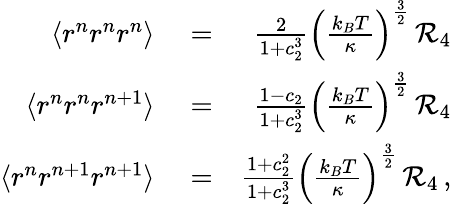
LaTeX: \begin{array}{rlr}{\langle r^{n}r^{n}r^{n}\rangle}&{{}=}&{\frac{2}{1+c_{2}^{3}}\left(\frac{k_{B}T}{\kappa}\right)^{\frac{3}{2}}\, {\cal R}_{4}}\\ {\langle r^{n}r^{n}r^{n+1}\rangle}&{{}=}&{\frac{1-c_{2}}{1+c_{2}^{3}}\left(\frac{k_{B}T}{\kappa}\right)^{\frac{3}{2}}\, {\cal R}_{4}}\\ {\langle r^{n}r^{n+1}r^{n+1}\rangle}&{{}=}&{\frac{1+c_{2}^{2}}{1+c_{2}^{3}}\left(\frac{k_{B}T}{\kappa}\right)^{\frac{3}{2}}\, {\cal R}_{4}\, ,}\end{array}